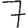
Digit: 7